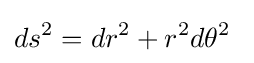
ds^{2}=dr^{2}+r^{2}d\theta ^{2}\